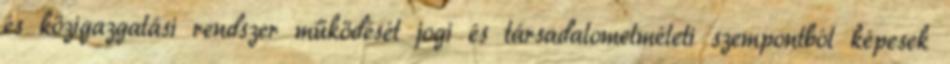
és közigazgatási rendszer működését jogi és társadalomelméleti szempontból képesek